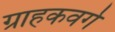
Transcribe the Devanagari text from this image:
ग्राहकवर्ग